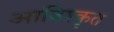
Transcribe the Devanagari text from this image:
आविश्कृत